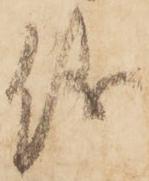
儀